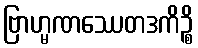
ဗြာဟ္မဏဿေတဒကိဉ္စိ